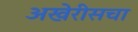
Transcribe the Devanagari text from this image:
अखेरीसचा